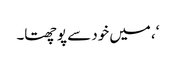
‘، میں خود سے پوچھتا۔